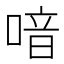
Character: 喑